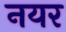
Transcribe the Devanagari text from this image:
नयर